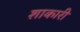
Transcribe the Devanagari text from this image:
शाकारी